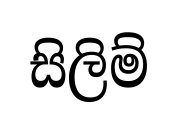
සිලිම්